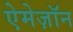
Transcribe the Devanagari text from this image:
ऐमेज़ॉन